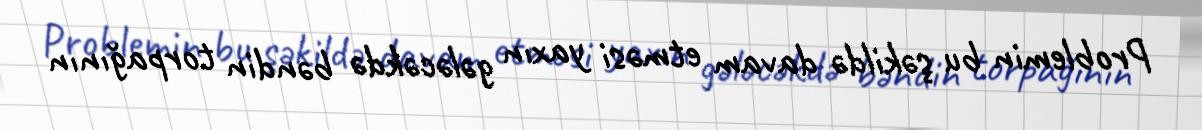
Problemin bu şəkildə davam etməsi yaxın gələcəkdə bəndin torpağının